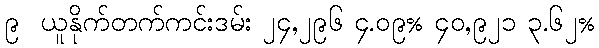
၉  ယူနိုက်တက်ကင်းဒမ်း ၂၄,၂၉၆ ၄.၀၉% ၄၀,၉၂၁ ၃.၆၂%